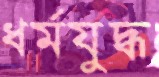
ধর্মযুদ্ধ